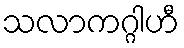
သလာကဂ္ဂါဟီ